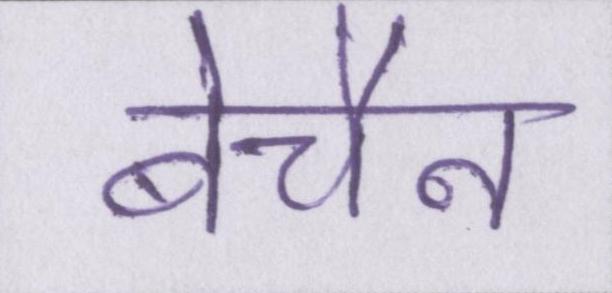
बेचैन